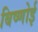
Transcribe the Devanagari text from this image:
बिष्णोई